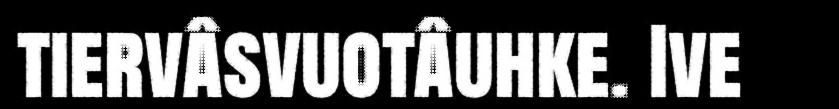
tiervâsvuotâuhke. Ive